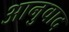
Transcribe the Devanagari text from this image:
आनुवाद